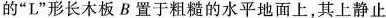
的”L”形长木板B置于粗糙的水平地面上，其上静止